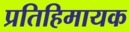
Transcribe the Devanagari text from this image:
प्रतिहिमायक